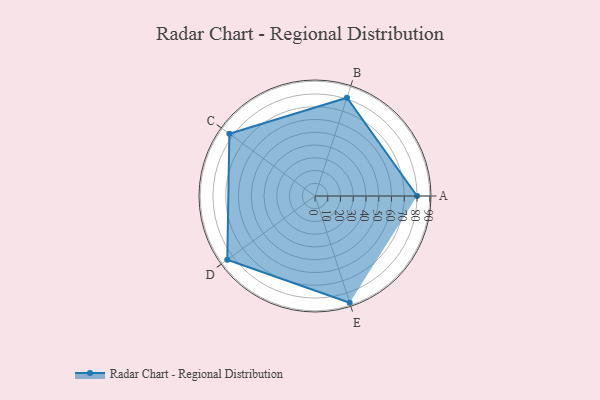
{"axis": {"x": "Skill", "y": "Score"}, "legend": ["Profile"], "data": [{"x": "A", "y": 80.0, "type": "Profile"}, {"x": "B", "y": 81.0, "type": "Profile"}, {"x": "C", "y": 83.0, "type": "Profile"}, {"x": "D", "y": 85.0, "type": "Profile"}, {"x": "E", "y": 88.0, "type": "Profile"}]}